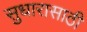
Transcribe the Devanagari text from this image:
सुधारासाठी